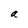
Character: a